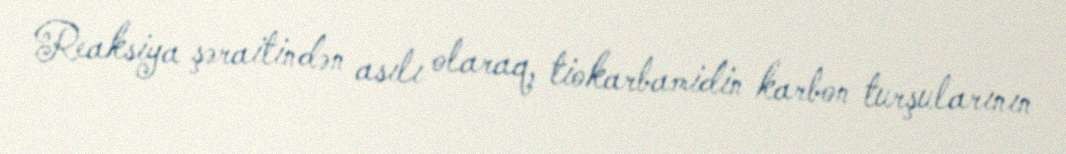
Reaksiya şəraitindən asılı olaraq, tiokarbamidin karbon turşularının